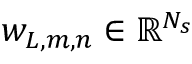
w _ { L , m , n } \in \mathbb { R } ^ { N _ { s } }